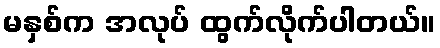
မနှစ်က အလုပ် ထွက်လိုက်ပါတယ်။